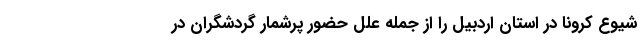
شیوع کرونا در استان اردبیل را از جمله علل حضور پرشمار گردشگران در